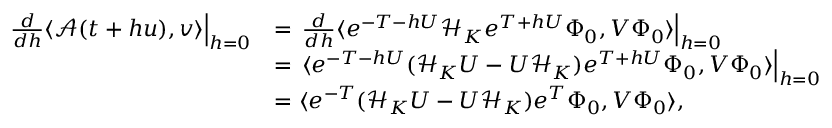
\begin{array} { r l } { \left. \frac { d } { d h } \langle \mathcal { A } ( t + h u ) , v \rangle \right| _ { h = 0 } } & { = \left. \frac { d } { d h } \langle e ^ { - T - h U } \mathcal { H } _ { K } e ^ { T + h U } \Phi _ { 0 } , V \Phi _ { 0 } \rangle \right| _ { h = 0 } } \\ & { = \left. \langle e ^ { - T - h U } ( \mathcal { H } _ { K } U - U \mathcal { H } _ { K } ) e ^ { T + h U } \Phi _ { 0 } , V \Phi _ { 0 } \rangle \right| _ { h = 0 } } \\ & { = \langle e ^ { - T } ( \mathcal { H } _ { K } U - U \mathcal { H } _ { K } ) e ^ { T } \Phi _ { 0 } , V \Phi _ { 0 } \rangle , } \end{array}